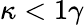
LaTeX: \kappa<1\gamma